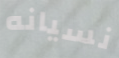
نسيانه